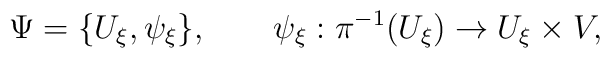
\Psi = \{U_\xi, \psi_\xi \}, \qquad\psi_\xi :\pi^{-1}(U_\xi)\to U_\xi\times V,